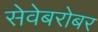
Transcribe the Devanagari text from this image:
सेवेबरोबर